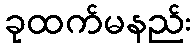
ခုထက်မနည်း